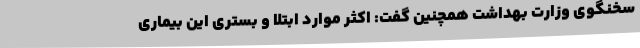
سخنگوی وزارت بهداشت همچنین گفت: اکثر موارد ابتلا و بستری این بیماری